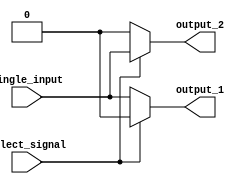
module demux (
    input wire single_input,
    input wire select_signal,
    output wire output_1,
    output wire output_2
);

assign output_1 = (select_signal) ? 0 : single_input;
assign output_2 = (select_signal) ? single_input : 0;

endmodule